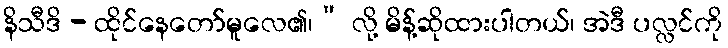
နိသီဒိ - ထိုင်နေတော်မူလေ၏၊” လို့ မိန့်ဆိုထားပါတယ်၊ အဲဒီ ပလ္လင်ကို